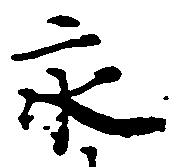
永